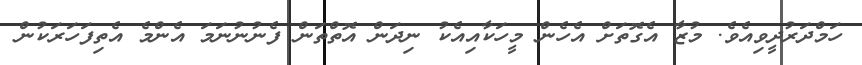
ހަމްދަރުދީވިއެވެ. މުޒާ އެގޮތަށް އެހެން މީހަކާއިއެކު ނިދަން އޮތްތަން ފެނުނުނަމަ އެންމެ އެތިފަހަރަކުން